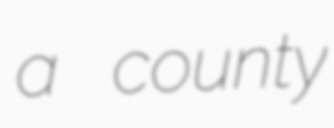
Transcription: a county